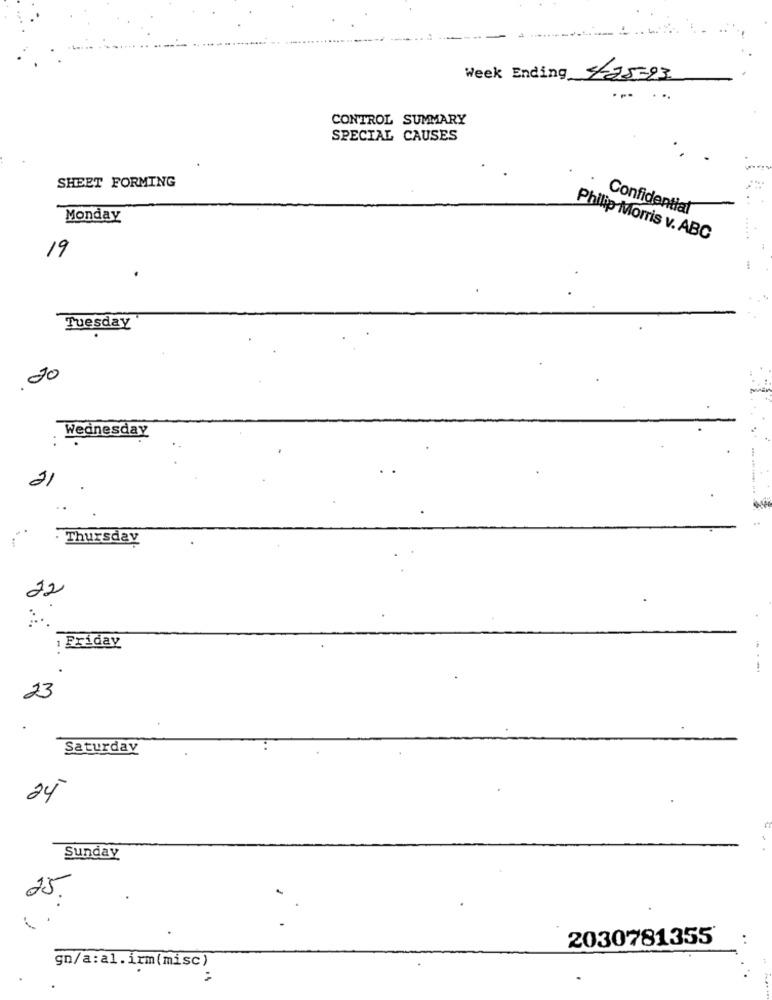
Week Ending 425-93
CONTROL SUMMARY
SPECIAL CAUSES
SHEET FORMING
Confidential
Monday
Philip Morris v. ABC
19
.
Tuesday
Wednesday
. .
:
· Thursday
22
: Friday
23
Saturday
24
Sunday
25.
2030781355*
gn/a:al.irm(misc)